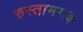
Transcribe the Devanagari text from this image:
रुस्तामगढ़